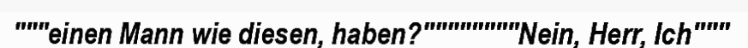
"""einen Mann wie diesen, haben?""""""""Nein, Herr, Ich"""